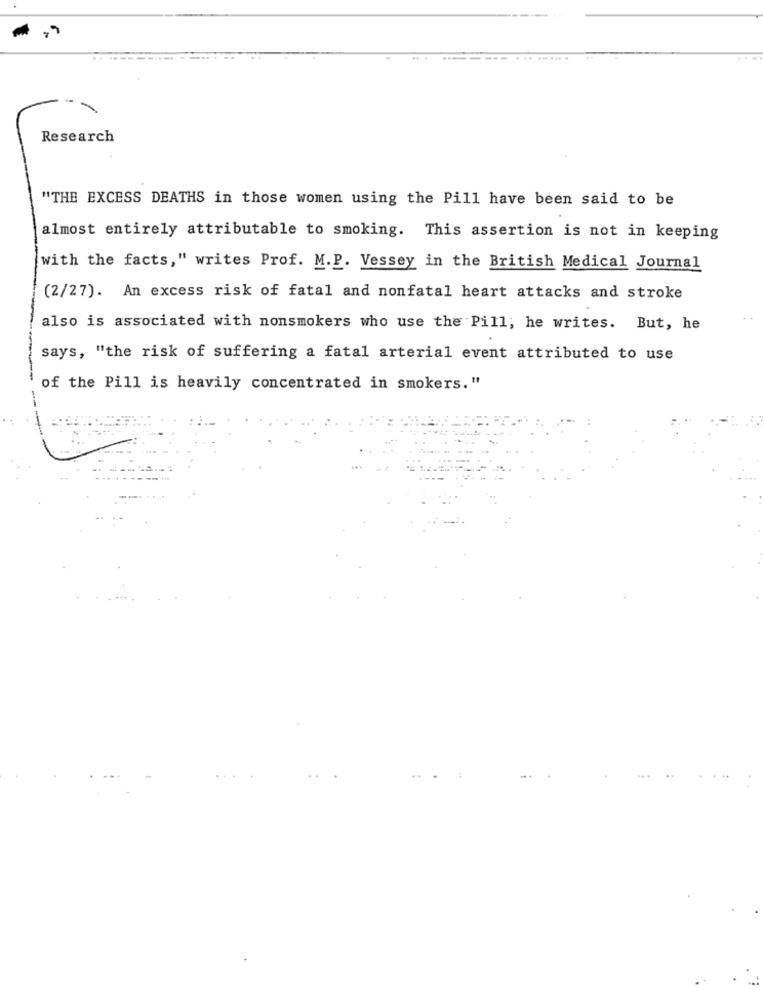
.... ....
Research
"THE EXCESS DEATHS in those women using the Pill have been said to be
almost entirely attributable to smoking. This assertion is not in keeping
with the facts," writes Prof. M.P. Vessey in the British Medical Journal
(2/27). An excess risk of fatal and nonfatal heart attacks and stroke
also is associated with nonsmokers who use the Pill, he writes. But, he
says, "the risk of suffering a fatal arterial event attributed to use
of the Pill is heavily concentrated in smokers. "
-----